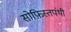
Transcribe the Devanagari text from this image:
सोफ़िस्तपंथी